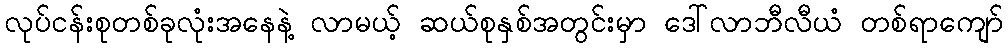
လုပ်ငန်းစုတစ်ခုလုံးအနေနဲ့ လာမယ့် ဆယ်စုနှစ်အတွင်းမှာ ဒေါ်လာဘီလီယံ တစ်ရာကျော်